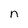
Character: n